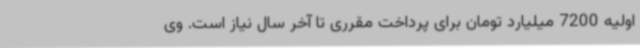
اولیه 7200 میلیارد تومان برای پرداخت مقرری تا آخر سال نیاز است. وی